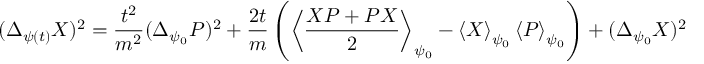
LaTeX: ( \Delta _ { \psi ( t ) } X ) ^ { 2 } = { \frac { t ^ { 2 } } { m ^ { 2 } } } ( \Delta _ { \psi _ { 0 } } P ) ^ { 2 } + { \frac { 2 t } { m } } \left( \left\langle { \frac { X P + P X } { 2 } } \right\rangle _ { \psi _ { 0 } } - \left\langle X \right\rangle _ { \psi _ { 0 } } \left\langle P \right\rangle _ { \psi _ { 0 } } \right) + ( \Delta _ { \psi _ { 0 } } X ) ^ { 2 }